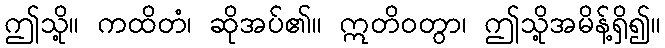
ဤသို့။ ကထိတံ၊ ဆိုအပ်၏။ ဣတိဝတွာ၊ ဤသို့အမိန့်ရှိ၍။